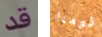
قد قومنا